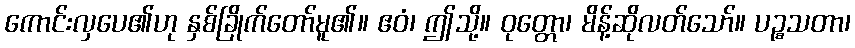
ကောင်းလှပေ၏ဟု နှစ်ခြိုက်တော်မူ၏။ ဧဝံ၊ ဤသို့။ ဝုတ္တော၊ မိန့်ဆိုလတ်သော်။ ပဉ္စသတာ၊